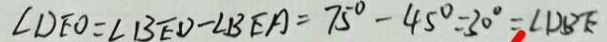
\angle D E O = \angle B E D - \angle B E A = 7 5 ^ { \circ } - 4 5 ^ { \circ } = 3 0 ^ { \circ } = \angle D B E